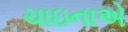
ચાઇનાએ